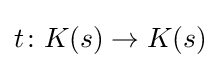
t\colon K(s)\to K(s)